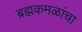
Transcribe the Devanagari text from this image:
ब्रह्मकमळांचा